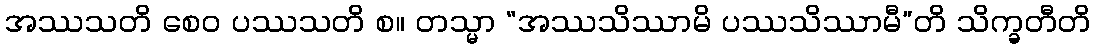
အဿသတိ စေဝ ပဿသတိ စ။ တသ္မာ “အဿသိဿာမိ ပဿသိဿာမီ”တိ သိက္ခတီတိ